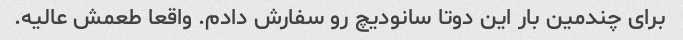
برای چندمین بار این دوتا سانودیچ رو سفارش دادم. واقعا طعمش عالیه.